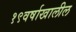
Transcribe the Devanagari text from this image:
१९वर्षाखालील